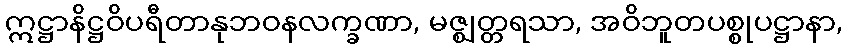
ဣဋ္ဌာနိဋ္ဌဝိပရီတာနုဘဝနလက္ခဏာ, မဇ္ဈတ္တရသာ, အဝိဘူတပစ္စုပဋ္ဌာနာ,